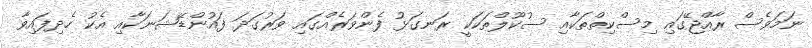
ނަމަވެސް ރާއްޖޭގައި މިސްކިތްތަކާއި ސުކޫލްތަކަކީ ރަނގަޅު ފެންވަރެއްގައި ވަރުގަދަ ފައުންޑޭޝަނަކާއި އެކު ހެދިފައިވާ